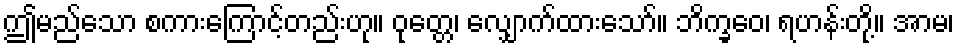
ဤမည်သော စကားကြောင့်တည်းဟု။ ဝုတ္တေ၊ လျှောက်ထားသော်။ ဘိက္ခဝေ၊ ရဟန်းတို့။ အာမ၊